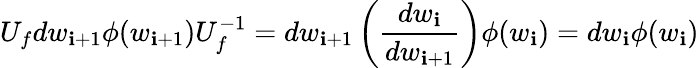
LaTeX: U_{f}dw_{\mathbf{i}+1}\phi(w_{\mathbf{i}+1})U_{f}^{-1}=dw_{\mathbf{i}+1}\left(\frac{{dw_{\mathbf{i}}}}{{dw_{\mathbf{i}+1}}}\right)\phi(w_{\mathbf{i}})=dw_{\mathbf{i}}\phi(w_{\mathbf{i}})